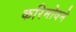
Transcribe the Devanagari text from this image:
करिमोवने